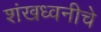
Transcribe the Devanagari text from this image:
शंखध्वनीचे